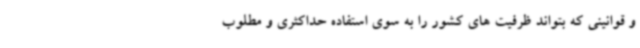
و قوانینی که بتواند ظرفیت های کشور را به سوی استفاده حداکثری و مطلوب